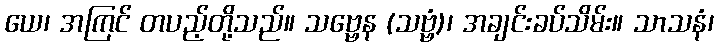
ယေ၊ အကြင် တပည့်တို့သည်။ သဗ္ဗေန (သဗ္ဗံ)၊ အချင်းခပ်သိမ်း။ သာသနံ၊